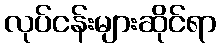
လုပ်ငန်းများဆိုင်ရာ